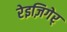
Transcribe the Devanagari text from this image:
रेइज़िगेर्